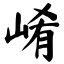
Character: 崤